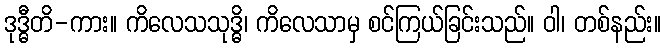
ဒုဒ္ဓီတိ-ကား။ ကိလေသသုဒ္ဓိ၊ ကိလေသာမှ စင်ကြယ်ခြင်းသည်။ ဝါ၊ တစ်နည်း။